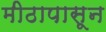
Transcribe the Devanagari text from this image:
मीठापासून